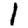
Digit: 1